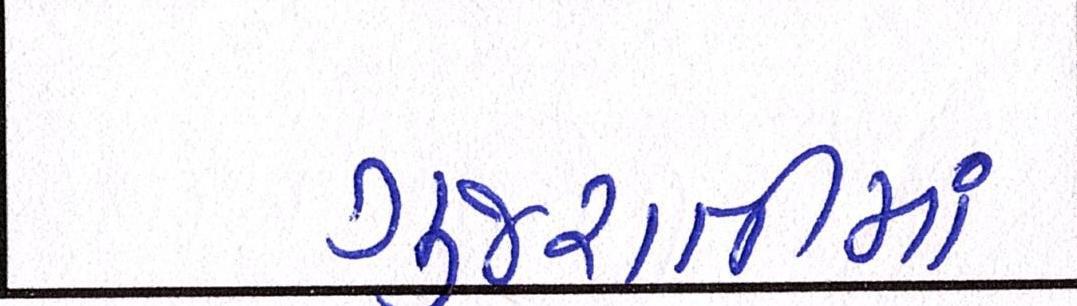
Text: ગુજરાતીમાં